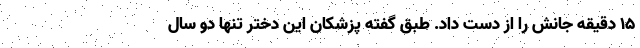
15 دقیقه جانش را از دست داد. طبق گفته پزشکان این دختر تنها دو سال